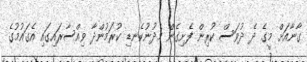
ގާނާއަށް މީގެ ދެ ދުވަސް ކުރިން ފެށިގެން މެދުނުކެނޑި ކުރަމުންދާ ވިއްސާރައިގައި އެގައުމުގެ